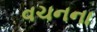
વચનના